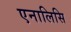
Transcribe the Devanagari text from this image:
एनालिसि